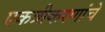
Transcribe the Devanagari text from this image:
एकत्रीकरणांचे